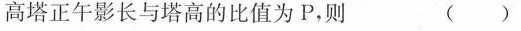
高塔正午影长与塔高的比值为P，则 ()